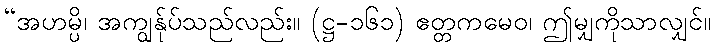
“အဟမ္ပိ၊ အကျွန်ုပ်သည်လည်း။ (ဋ္ဌ-၁၆၁) ဧတ္တကမေဝ၊ ဤမျှကိုသာလျှင်။